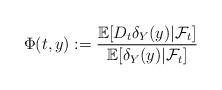
LaTeX: \begin{align*}\Phi (t,y) := \frac{\mathbb{E}[D_t \delta_Y(y)|\mathcal{F}_t]}{\mathbb{E}[\delta_Y(y)|\mathcal{F}_t]}\end{align*}